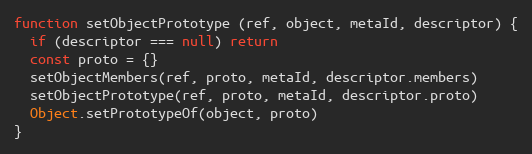
Language: JavaScript
function setObjectPrototype (ref, object, metaId, descriptor) {
  if (descriptor === null) return
  const proto = {}
  setObjectMembers(ref, proto, metaId, descriptor.members)
  setObjectPrototype(ref, proto, metaId, descriptor.proto)
  Object.setPrototypeOf(object, proto)
}